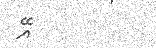
އޭ